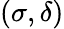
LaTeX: (\sigma,\delta)